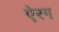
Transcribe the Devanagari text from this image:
ऐरग